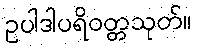
ဥပါဒါပရိဝတ္တသုတ်။